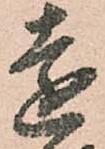
遠